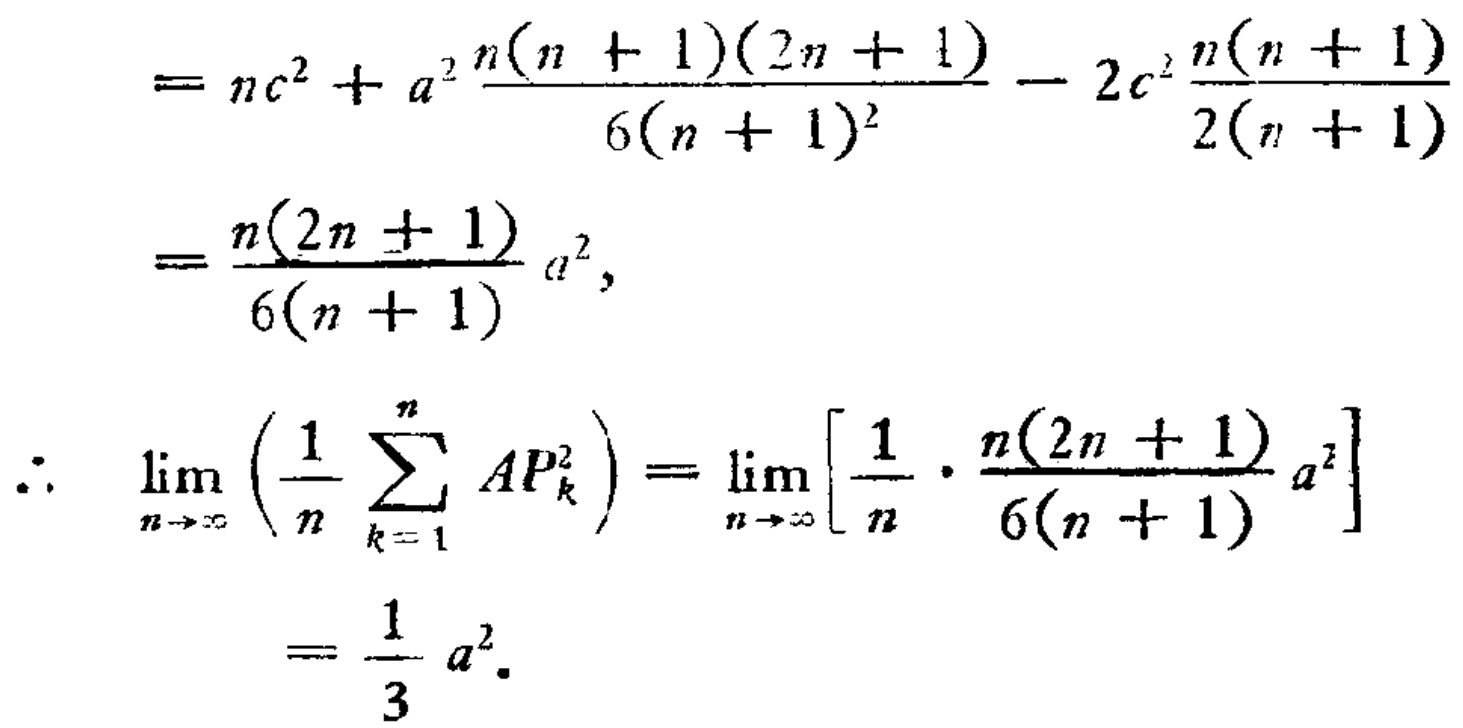
\[
\begin{align*}
&=nc^{2}+a^{2}\frac{n(n + 1)(2n + 1)}{6(n + 1)^{2}}-2c^{2}\frac{n(n + 1)}{2(n + 1)}\\
&=\frac{n(2n + 1)}{6(n + 1)}a^{2},\\
\therefore\lim_{n\rightarrow\infty}\left(\frac{1}{n}\sum_{k = 1}^{n}AP_{k}^{2}\right)&=\lim_{n\rightarrow\infty}\left[\frac{1}{n}\cdot\frac{n(2n + 1)}{6(n + 1)}a^{2}\right]\\
&=\frac{1}{3}a^{2}.
\end{align*}
\]